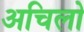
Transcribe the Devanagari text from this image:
अचिलो